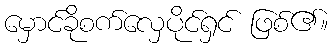
မှောင်ခိုစက်လှေပိုင်ရှင် ဖြစ်၏။